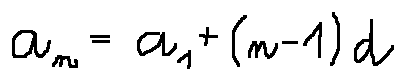
a _ { n } = a _ { 1 } + ( n - 1 ) d